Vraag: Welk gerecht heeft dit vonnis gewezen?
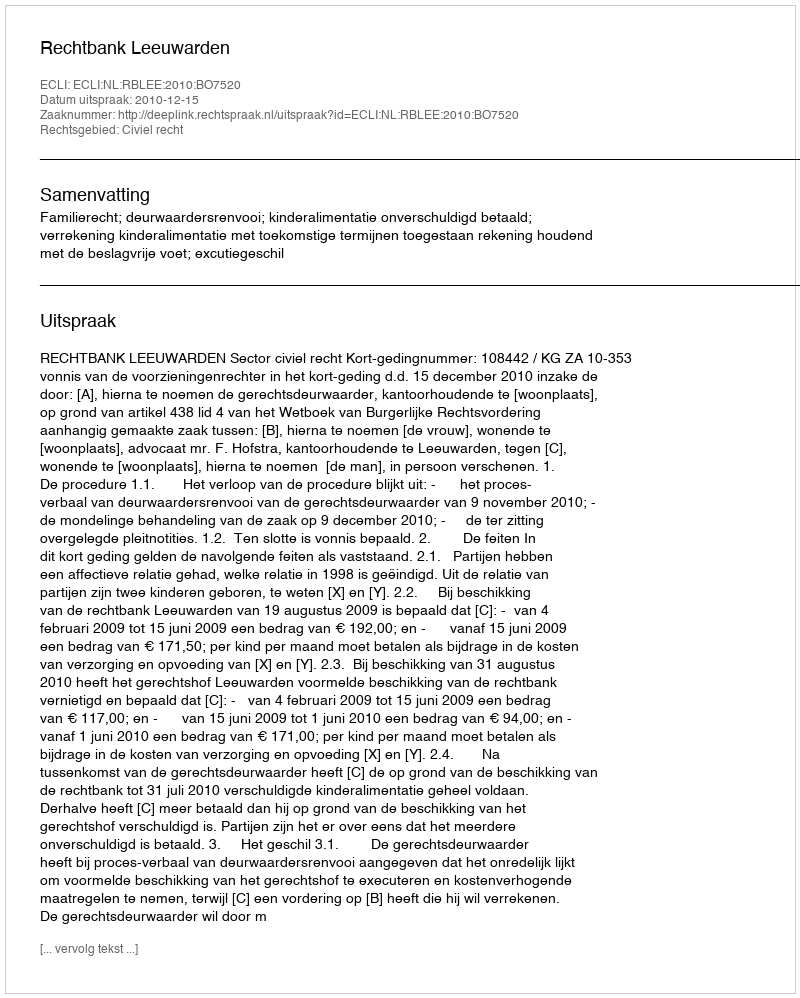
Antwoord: Rechtbank Leeuwarden